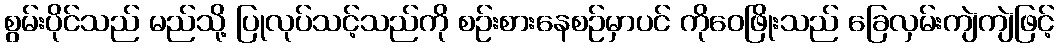
စွမ်းပိုင်သည် မည်သို့ ပြုလုပ်သင့်သည်ကို စဉ်းစားနေစဉ်မှာပင် ကိုဝေဖြိုးသည် ခြေလှမ်းကျဲကျဲဖြင့်